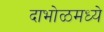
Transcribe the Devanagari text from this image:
दाभोळमध्ये